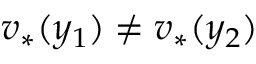
v _ { * } ( y _ { 1 } ) \neq v _ { * } ( y _ { 2 } )